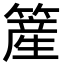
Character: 簅